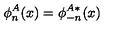
\phi _ { n } ^ { A } ( x ) = \phi _ { - n } ^ { A \ast } ( x )